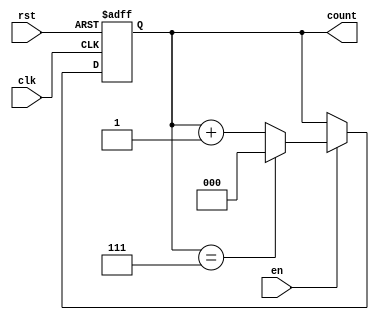
module WindowedCounter #(
    parameter WINDOW_SIZE = 8 // Define the window size (maximum count value)
)(
    input wire clk,            // Clock signal
    input wire rst,            // Asynchronous reset signal
    input wire en,             // Enable signal
    output reg [$clog2(WINDOW_SIZE)-1:0] count // Count output
);

// Always block for counting mechanism
always @(posedge clk or posedge rst) begin
    if (rst) begin
        count <= 0; // Reset the count to zero
    end else if (en) begin
        if (count == WINDOW_SIZE - 1) begin
            count <= 0; // Wrap around to zero if maximum value is reached
        end else begin
            count <= count + 1; // Increment the count
        end
    end
end

endmodule